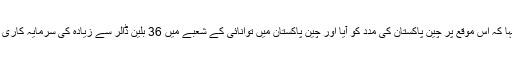
انھوں نے کہا کہ اس موقع پر چین پاکستان کی مدد کو آیا اور چین پاکستان میں توانائی کے شعبے میں 36 بلین ڈالر سے زیادہ کی سرمایہ کاری کر رہا ہے۔